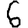
Digit: 6